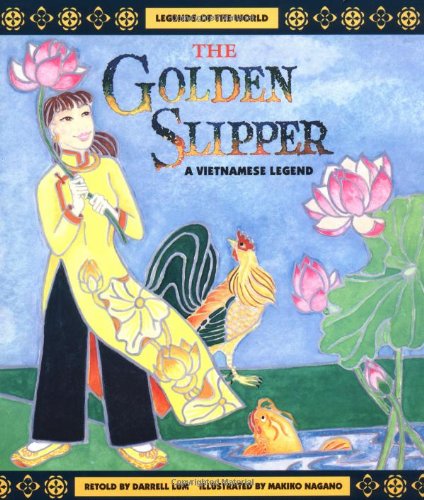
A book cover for Golden Slipper - Pbk (Legends of the World); Lum; Children's Books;